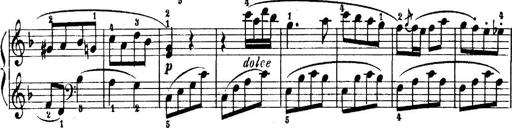
Title: 6 Piano Sonatinas
Composer: Cornelius Gurlitt